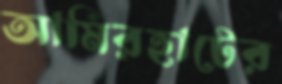
আমিরহাটের